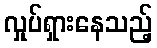
လှုပ်ရှားနေသည့်